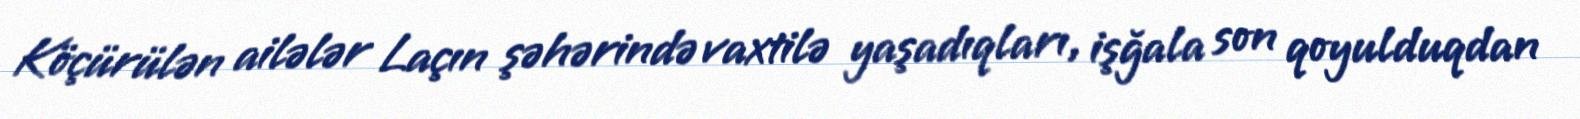
Köçürülən ailələr Laçın şəhərində vaxtilə yaşadıqları, işğala son qoyulduqdan